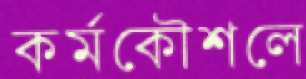
কর্মকৌশলে